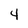
Character: 4